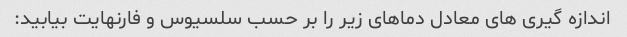
اندازه گیری های معادل دماهای زیر را بر حسب سلسیوس و فارنهایت بیابید: